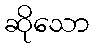
ဆိုသော